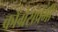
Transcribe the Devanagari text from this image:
काँग्रेसप्रेमी